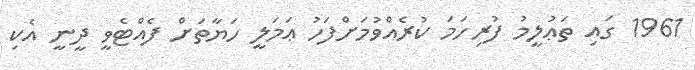
1961 ގައި ތަޢުލީމު ފުރިހަމަ ކުރެއްވުމަށްފަހު ޢަމަލީ ހަޔާތަށް ފެއްޓެވީ ދީނީ އެކި